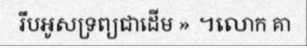
រឹបអូសទ្រព្យជាដើម » ។លោក គា